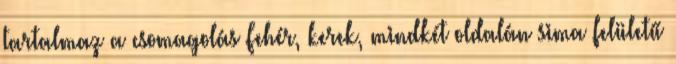
tartalmaz a csomagolás Fehér, kerek, mindkét oldalán sima felületű